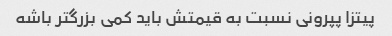
پیتزا پپرونی نسبت به قیمتش باید کمی بزرگتر باشه